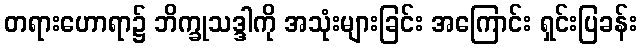
တရားဟောရာ၌ ဘိက္ခုသဒ္ဒါကို အသုံးများခြင်း အကြောင်း ရှင်းပြခန်း